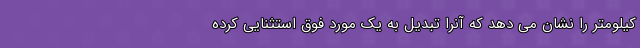
کیلومتر را نشان می دهد که آنرا تبدیل به یک مورد فوق استثنایی کرده